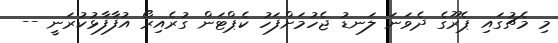
މި މެޗުގައި ޕެރޫގެ ދެވަނަ ލަނޑު ޖެހުމަށްފަހު ކެޕްޓަން ގުރެއިރޯ އުފާފާޅުކުރަނީ --